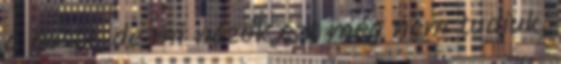
a boszi, de mi nézők ezt még nem tudjuk,